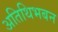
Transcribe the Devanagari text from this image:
अतिथिभबन